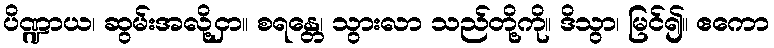
ပိဏ္ဍာယ၊ ဆွမ်းအလို့ငှာ။ စရန္တေ၊ သွားလာ သည်တို့ကို။ ဒိသွာ၊ မြင်၍။ ဧကော